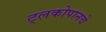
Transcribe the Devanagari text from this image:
ट्लकोपानचे